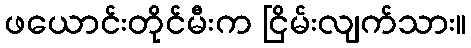
ဖယောင်းတိုင်မီးက ငြိမ်းလျက်သား။